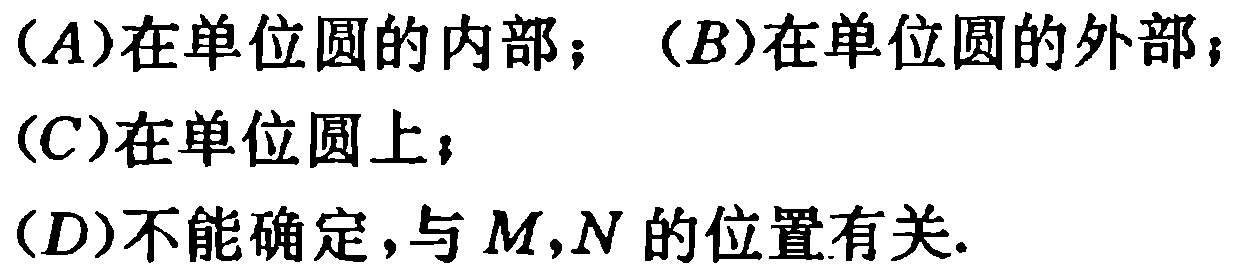
(A)在单位圆的内部；(B)在单位圆的外部；

(C)在单位圆上；

(D)不能确定，与\(M,N\)的位置有关.